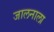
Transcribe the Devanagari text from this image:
जालनाला